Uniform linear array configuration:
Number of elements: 48
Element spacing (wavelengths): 1
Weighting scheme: blackman
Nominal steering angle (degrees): -15
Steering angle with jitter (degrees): -15.009
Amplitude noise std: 0.05
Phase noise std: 0.05

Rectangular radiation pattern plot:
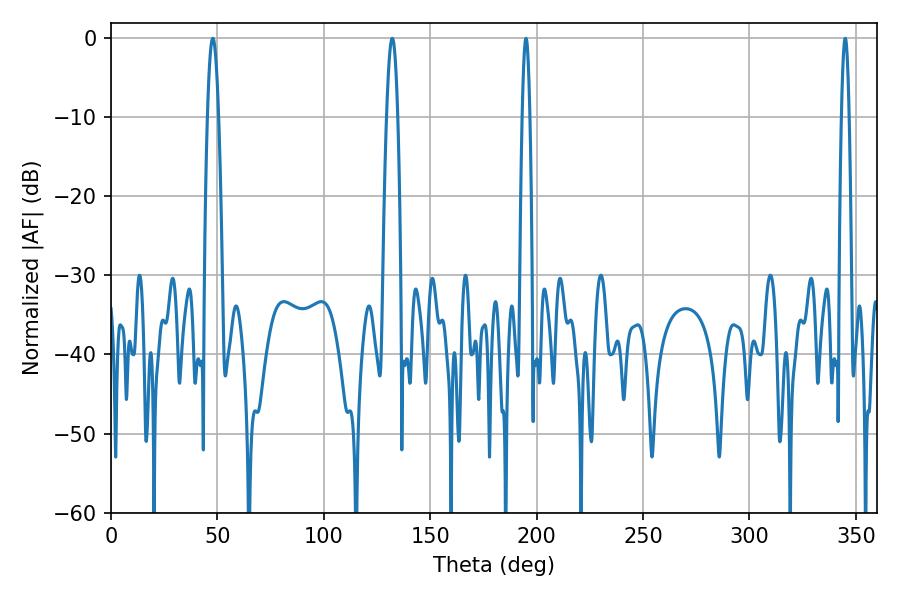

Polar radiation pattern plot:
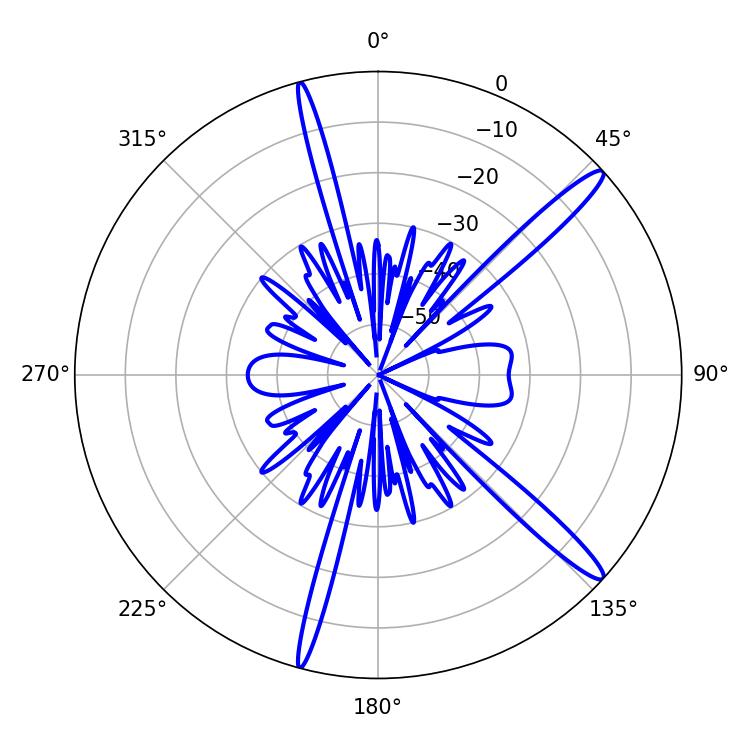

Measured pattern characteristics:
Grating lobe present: TRUE
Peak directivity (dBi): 15.108
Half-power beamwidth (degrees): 2.88
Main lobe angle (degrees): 47.88